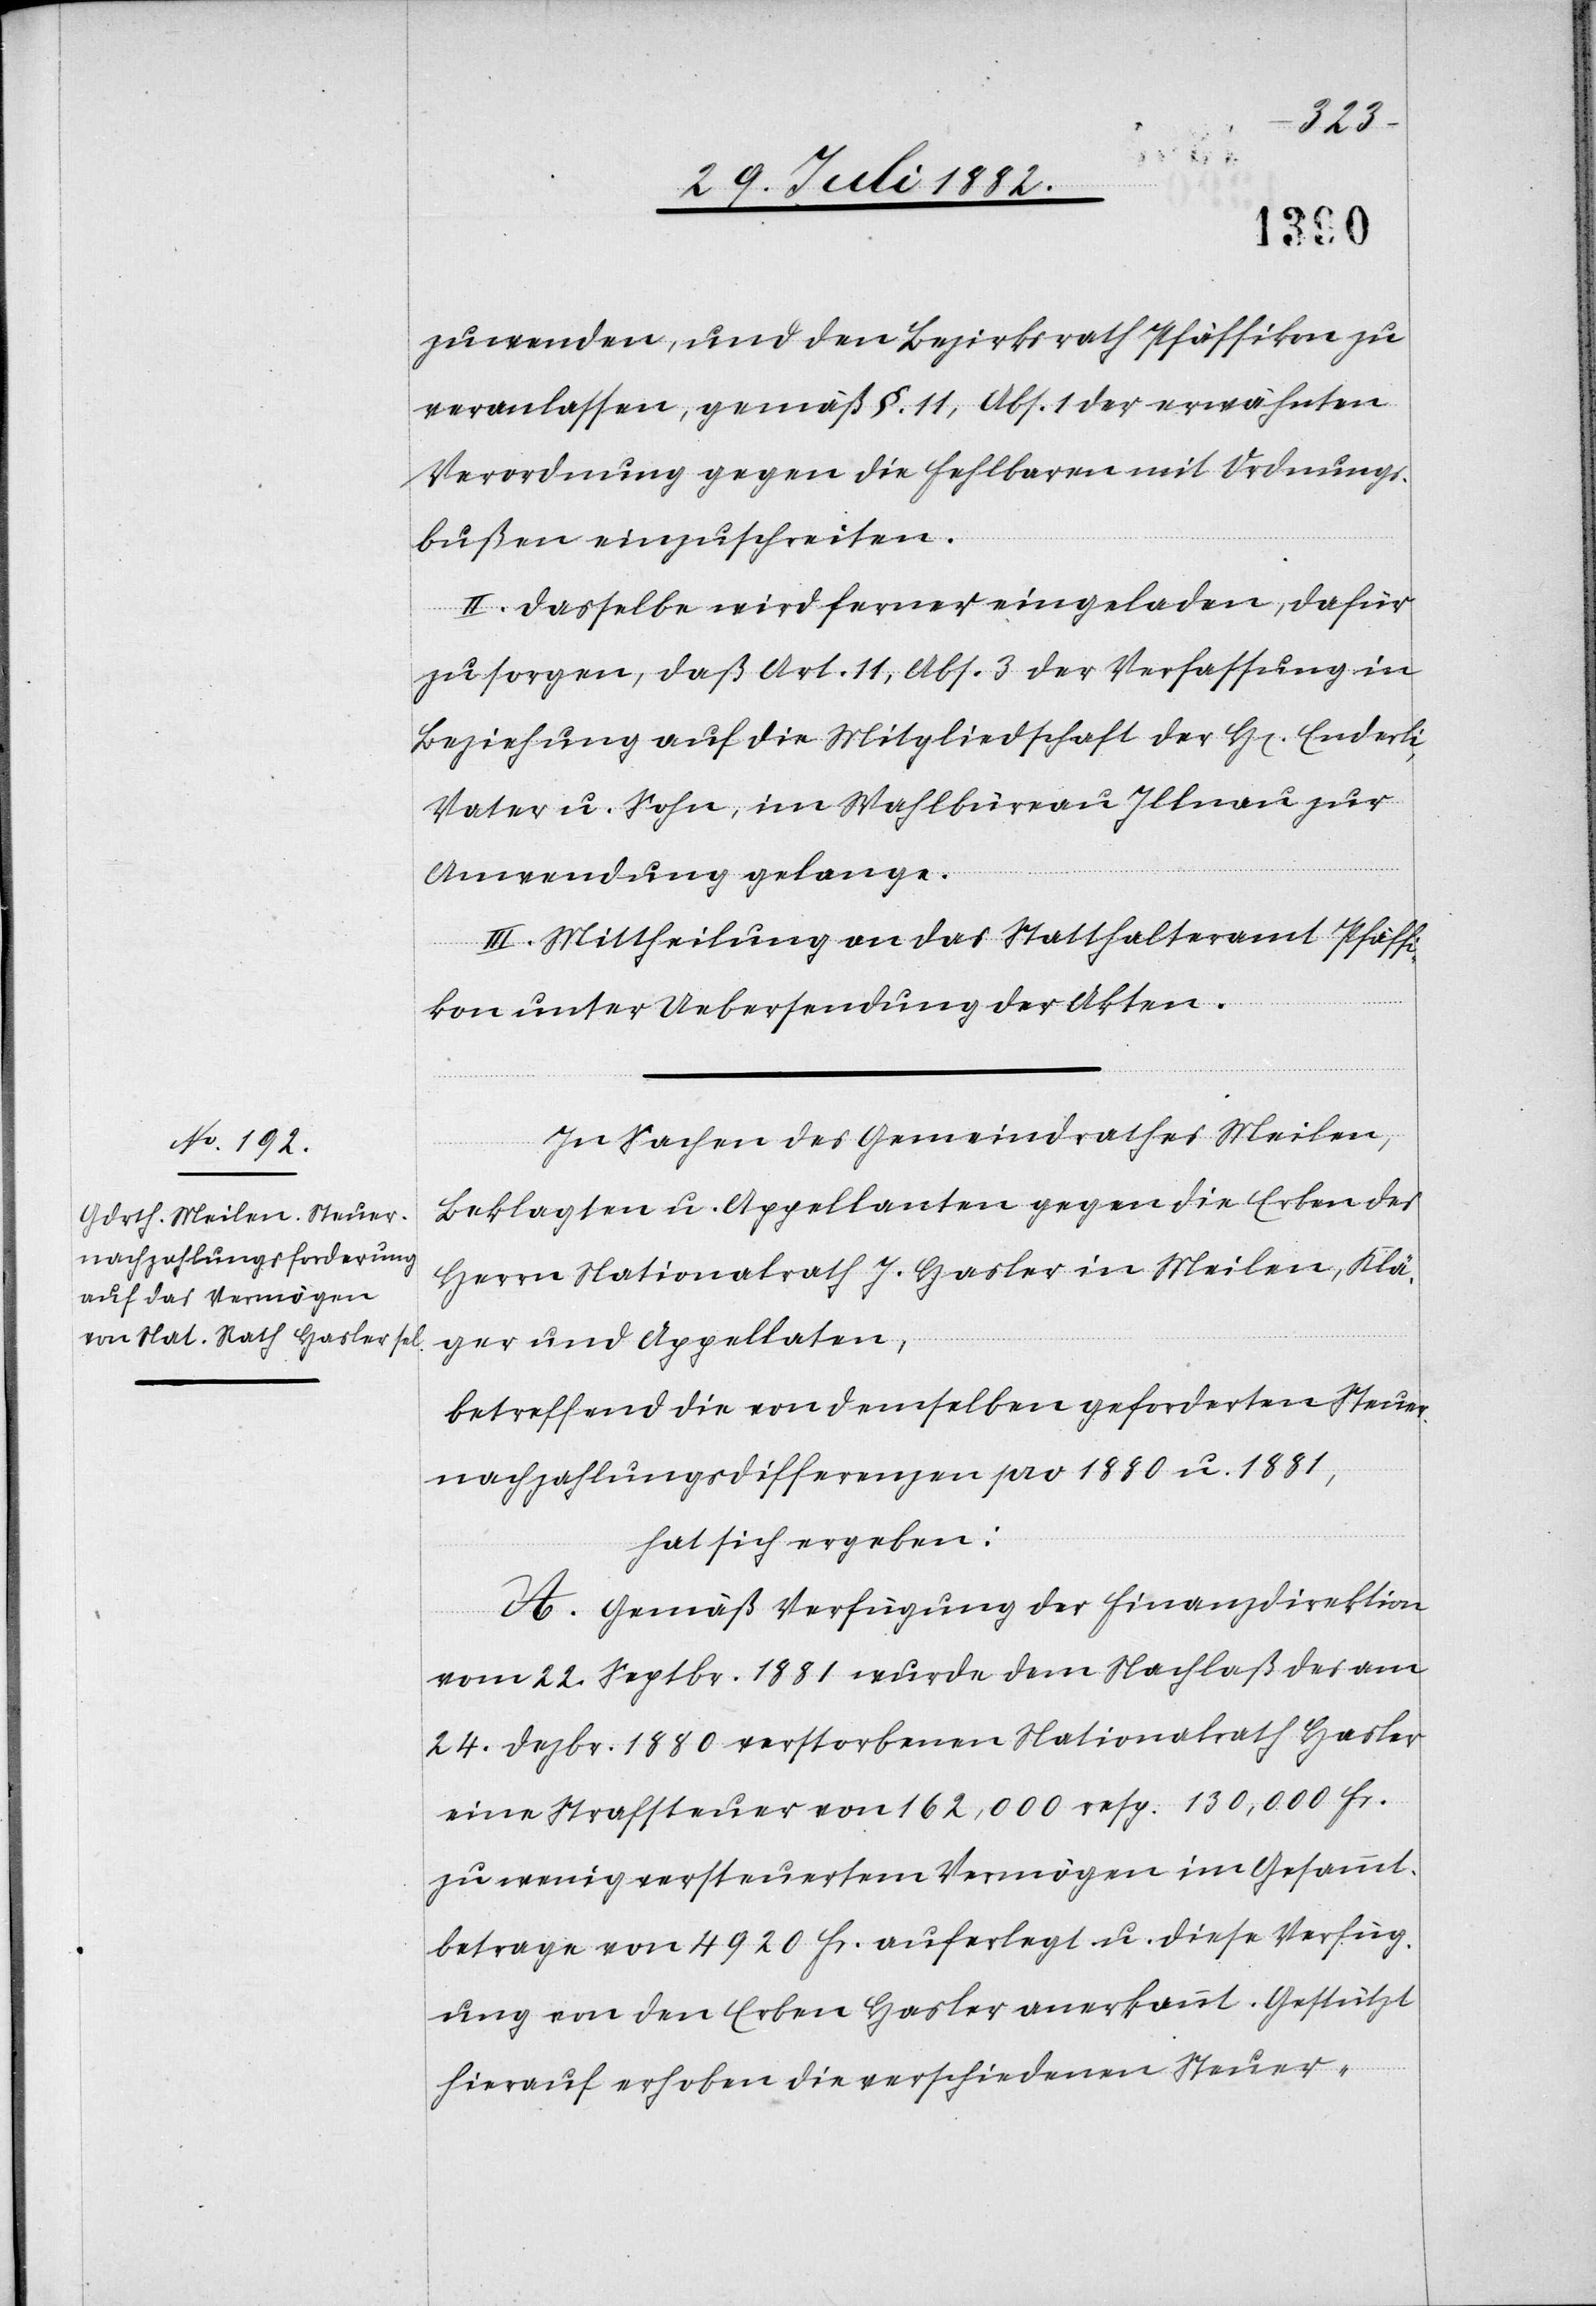
zuwenden, und den Bezirksrath Pfäffikon zu
veranlassen, gemäß §. 11, Abs. 1 der erwähnten
Verordnung gegen die Fehlbaren mit Ordnungs¬
bußen einzuschreiten.
II. Dasselbe wird ferner eingeladen, dafür
zu sorgen, daß Art. 11, Abs. 3 der Verfassung in
Beziehung auf die Mitgliedschaft der H[en] Enderli,
Vater u. Sohn, im Wahlbüreau Illnau zur
Anwendung gelange.
III. Mittheilung an das Statthalteramt Pfäffi¬
kon unter Uebersendung der Akten.
In Sachen des Gemeindrathes Meilen,
Beklagten u. Appellanten gegen die Erben des
Herrn Nationalrath J. Hasler in Meilen, Klä¬
ger und Appellaten,
betreffend die von demselben geforderten Steuer¬
nachzahlungsdifferenzen pro 1880 u. 1881,
hat sich ergeben:
A. Gemäß Verfügung der Finanzdirektion
vom 22. Septbr. 1881 wurde dem Nachlaß des am
24. Dezbr. 1880 verstorbenen Nationalrath Hasler
eine Strafsteuer von 162,000 resp. 130,000 Fr.
zu wenig versteuertem Vermögen im Gesammt¬
betrage 4920 Fr. auferlegt u. diese Verfüg¬
ung von den Erben Hasler anerkannt. Gestützt
hierauf erhoben die verschiedenen Steuer-